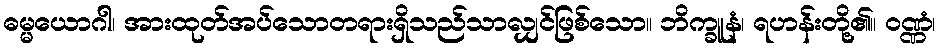
ဓမ္မယောဂါ၊ အားထုတ်အပ်သောတရားရှိသည်သာလျှင်ဖြစ်သော။ ဘိက္ခူနံ၊ ရဟန်းတို့၏။ ဝဏ္ဏံ၊